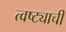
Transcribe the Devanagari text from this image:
त्वष्ट्याची